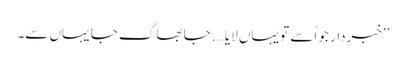
’’خبردار جو اُسے تو یہاں لایا…. جا بھاگ جا یہاں سے۔